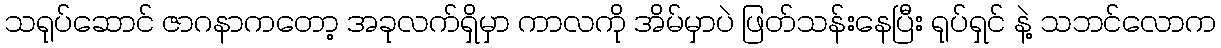
သရုပ်ဆောင် ဇာဂနာကတော့ အခုလက်ရှိမှာ ကာလကို အိမ်မှာပဲ ဖြတ်သန်းနေပြီး ရုပ်ရှင် နဲ့ သဘင်လောက